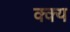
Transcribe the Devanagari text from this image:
क्क्य